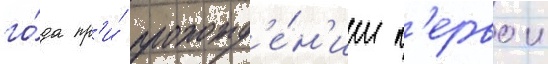
го́да пр'и́ прохожд'е́н'ии п'ервои